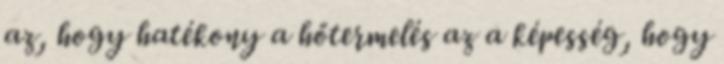
az, hogy hatékony a hőtermelés az a képesség, hogy